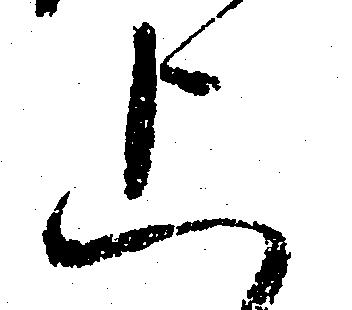
上